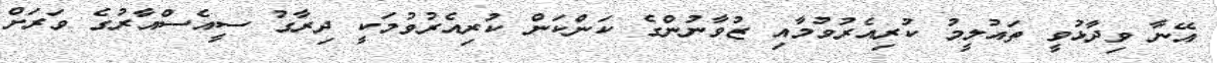
އޭނާ ވިދާޅުވީ ތައުލީމު ކުރިއެރުވުމާއި ޒުވާނުންގެ ކަންކަން ކުރިއެރުވުމަކީ ދިރާގު ސީއެސްއާރުގެ ވަރަށް